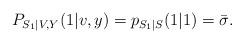
LaTeX: \begin{align*}P_{S_1|V,Y}(1|v,y)=p_{S_1|S}(1|1)=\bar{\sigma}.\end{align*}